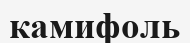
камифоль